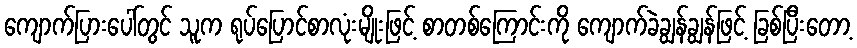
ကျောက်ပြားပေါ်တွင် သူက ရုပ်ပြောင်စာလုံးမျိုးဖြင့် စာတစ်ကြောင်းကို ကျောက်ခဲချွန်ချွန်ဖြင့် ခြစ်ပြီးတော့